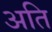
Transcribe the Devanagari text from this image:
अति